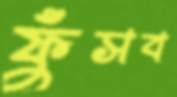
ফুঁসব